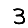
Digit: 3